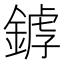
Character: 𨩘